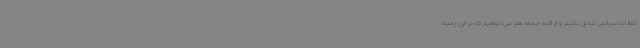
تلافات سیاسی تبدیل نکنیم و از ائمه جمعه هم می‌خواهیم که در این زمینه